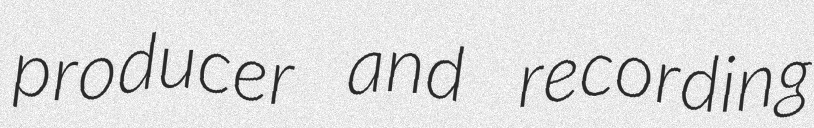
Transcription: producer and recording